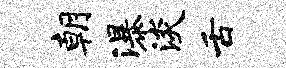
朝瀑淡舌